Rapla_vallavalitsus, lk 44
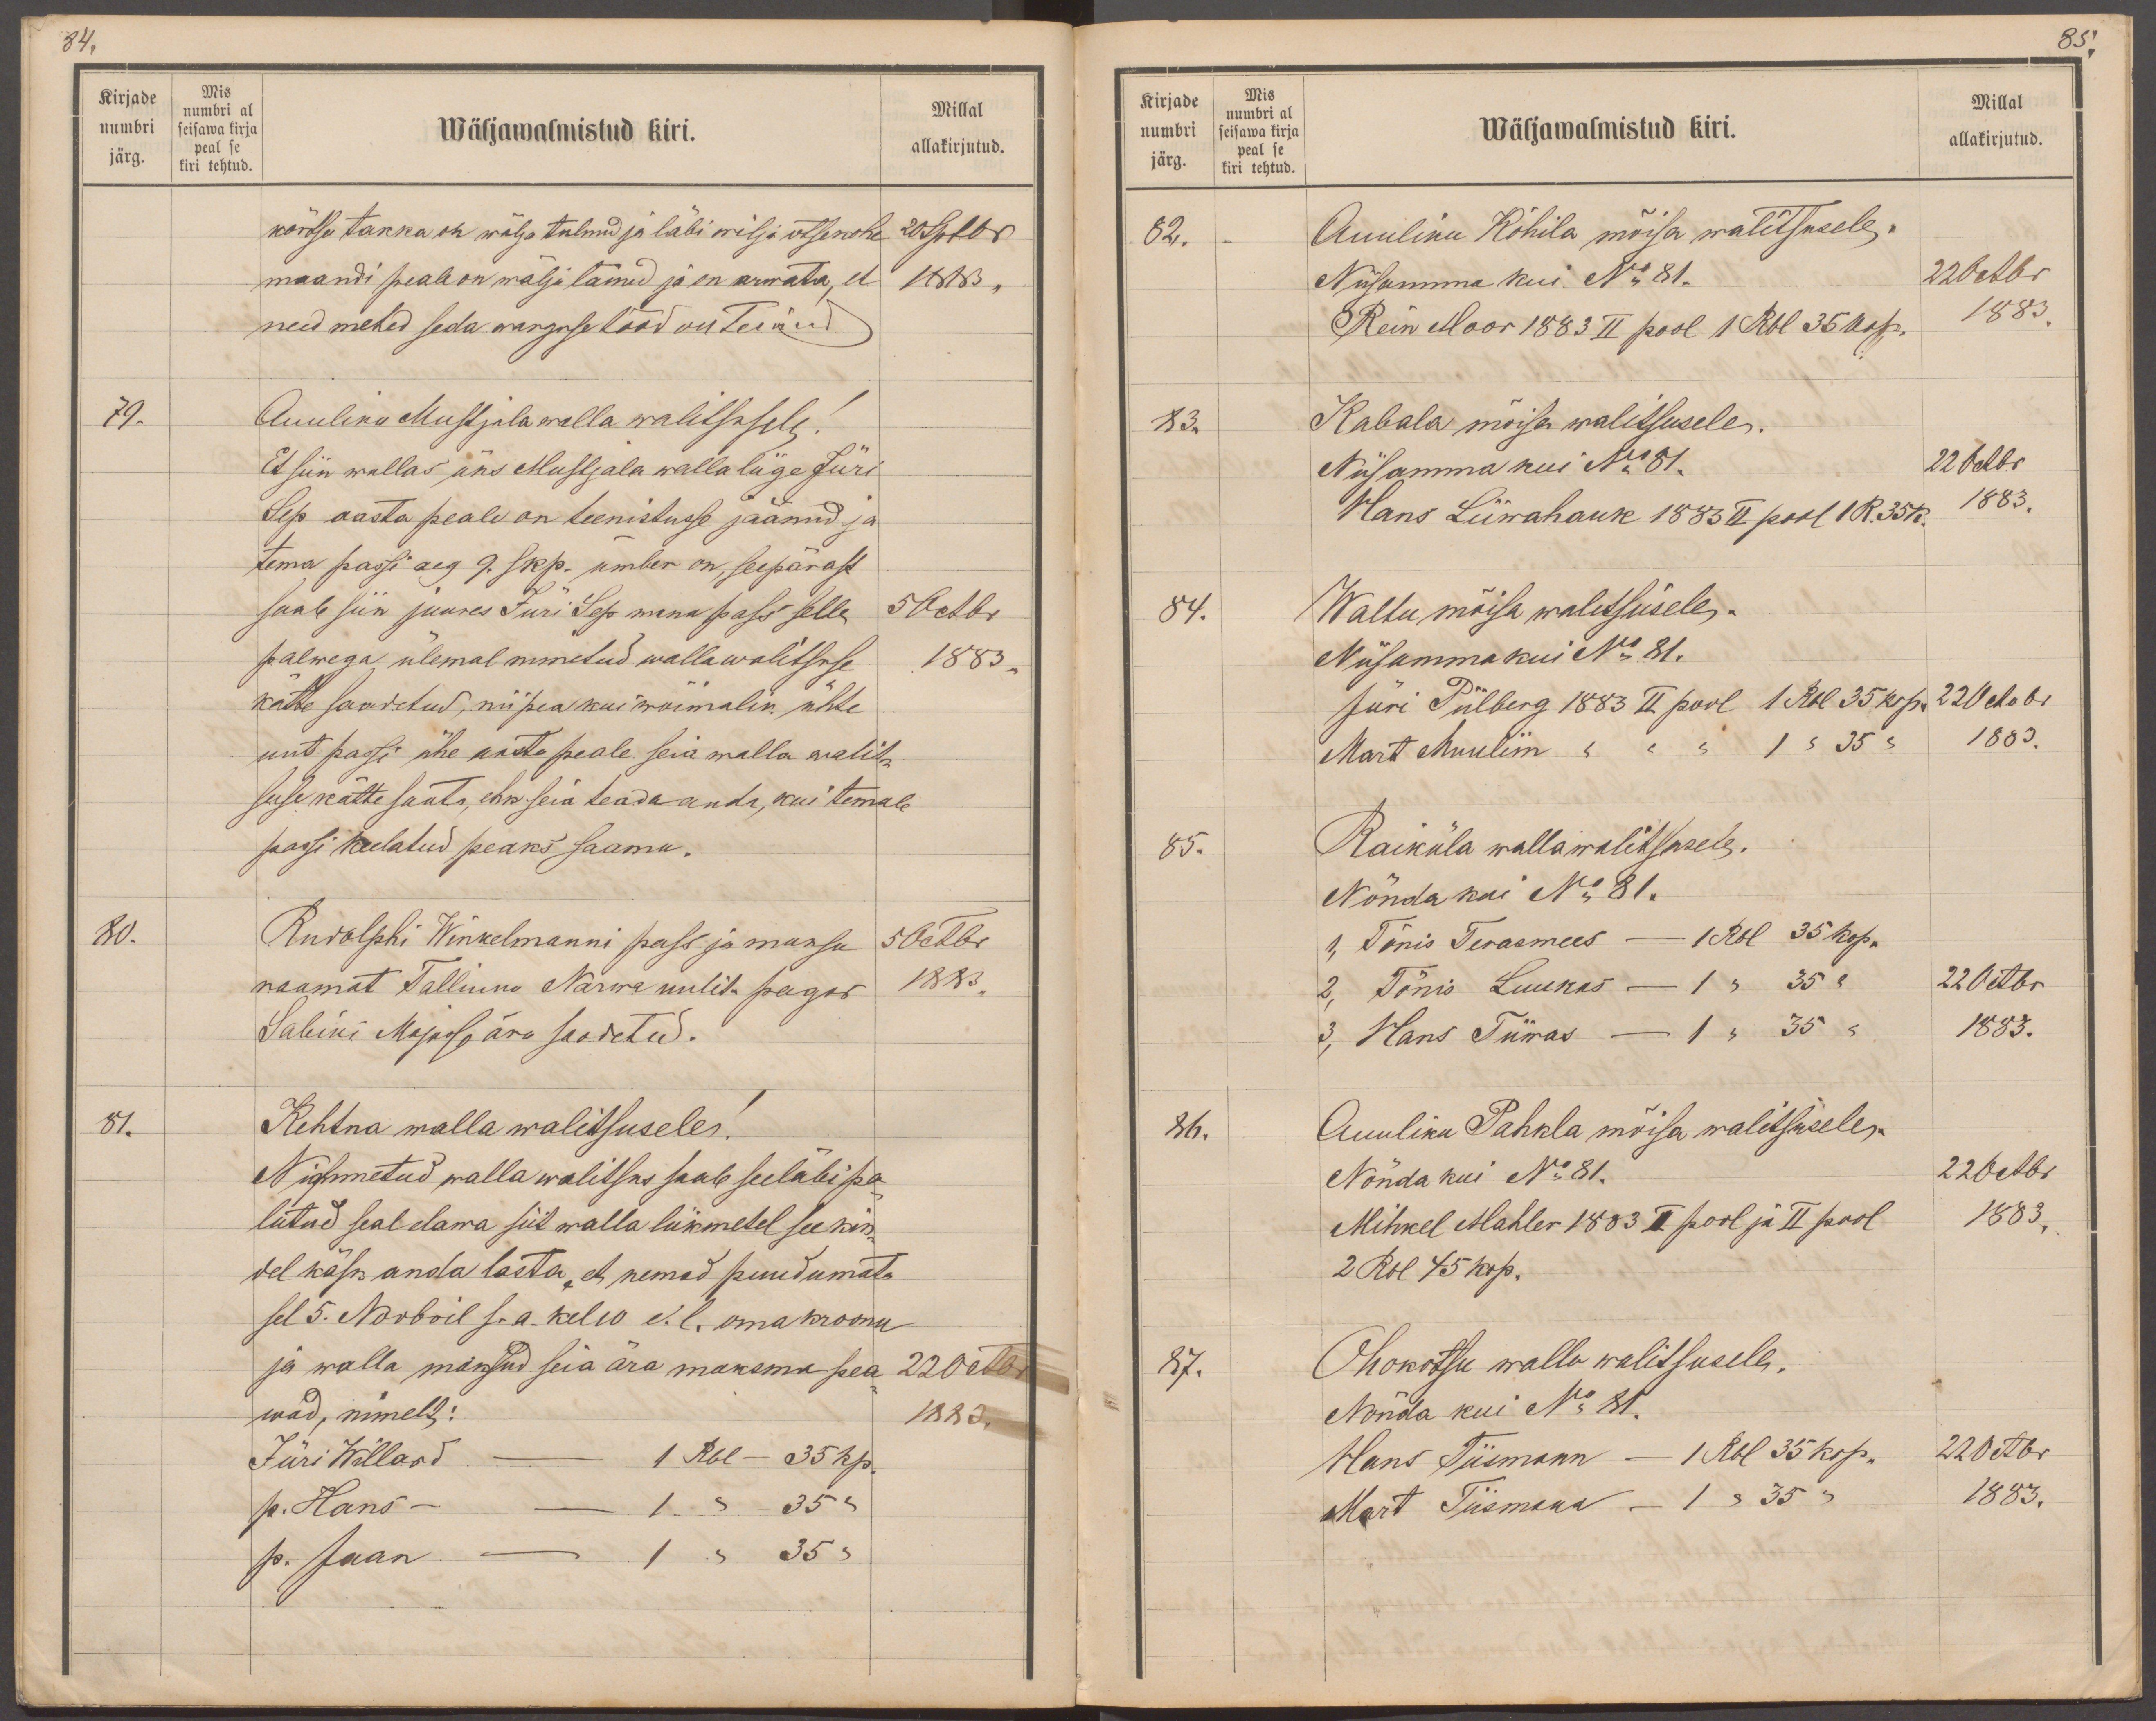
84.
Kirjade
Mis
numbri
numbri al
seisawa kirja
Wäljawalmistud kiri.
Millal
järg.
peal se
kiri tehtud.
allakirjutud.
kõrtsu takka on wälja tulnud ja läbi wilja otsekohe
20 Sptbr
maandi peale on wälja läinud ja on arwata, et
1883.
need mehed seda warguse tööd on teinud
79.
Auuliku Mustjala walla walitsusele!
Et siin wallas üks Mustjala walla liige Jüri
Sep aasta peale on teenistusse jäänud ja
tema passi aeg 9 skp. ümber on, seepärast
saab siin juures Jüri Sep wana pass selle
5 Octbr
palwega ülemal nimetud wallawalitsuse
1883
kätte saadetud, niipea kui wõimalik ühte
uut passi ühe aasta peale seia walla walit-
suse kätte saata, ehk seia teada anda, kui temale
passi keelatud peaks saama.
80.
Rudolphi Winkelmanni pass ja maksu
5 Octbr
raamat Tallinnu Narwa uulits pagar
1883
Sabini Majasse ära saadetud.
81.
Kehtna walla walitsusele!
Nimetud walla walitsus saab seeläbi pa-
lutud seal elawa siit walla liikmetel see kin-
del käsk anda lasta, et nemad puudumata
sel 5. Novbril s.a. kel 10 e. l. oma kroonu
ja walla maksud seia ära maksma pea-
22 Octbr
wad, nimelt:
Jüri Willard 1 Rbl - 35 kp.
1883.
p. Hans - 1"  35 "
p. Jaan - 1 " 35 "

85.
Kirjade
Mis
Millal
numbri
numbri al
seisawa kirja
Wäljawalmistud kiri.
allakirjutud.
järg.
peal se
kiri tehtud
82.
Auuliku Kohila mõisa walitsusele.
Niiisamma kui. No 81.
22 Octbr
Rein Moor 1883 II pool 1 Rbl 35 kop.
1883.
83.
Kabala mõisa walitsusele.
Niisamma kui No 81.
22 Octbr.
Hans Liiwahauk 1883 II pool 1 R. 35 k.
1883.
84.
Waltu mõisa walitsusele -
Niisamma kui No 81.
Jüri Piilberg 1883 II pool 1 Rbl 35 kop.
22 Octobr
Mart Muulim " " " 1 " 35 "
1883.
85.
Raiküla wallawalitsusele.
Nõnda kui No 81.
1, Tõnis Teramees - 1 Rbl 35 kop.
2, Tõnis Luukas - 1 " 35 "
20 Octbr.
3, Hans Tiiras - 1 " 35 "
1883.
86.
Auuliku Pahkla mõisa walitsusele.
Nõnda kui No 81.
22 Octbr
Mihkel Mahler 1883 I pool ja II pool
1883.
2 Rbl 45 kop.
87.
Ohokotsu walla walitsusele.
Nõnda kui No 81.
Hans Tiismann - 1 Rbl 35 kop.
20 Octbr
Mart Tiismann 1 " 35 "
1883.